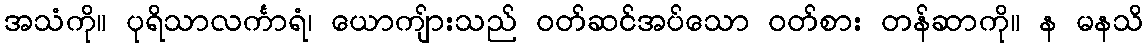
အသံကို။ ပုရိသာလင်္ကာရံ၊ ယောကျ်ားသည် ဝတ်ဆင်အပ်သော ဝတ်စား တန်ဆာကို။ န မနသိ